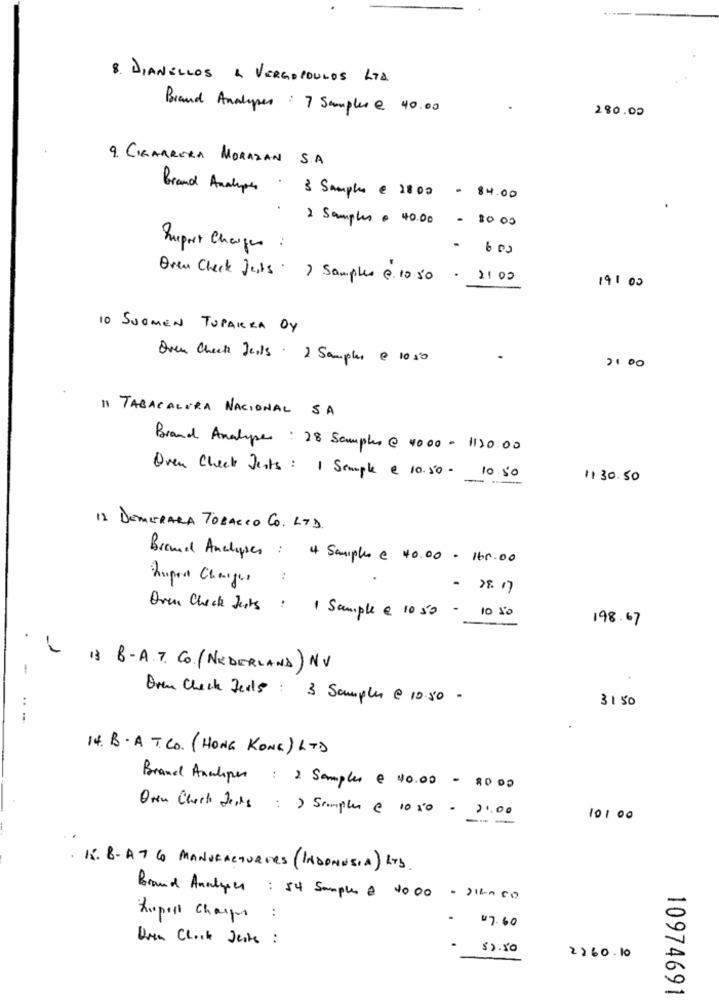
8. DIANELLOS A VERGOPOULOS LTD
Brand Analyses : 7 Samples @ 40.00
280.00
9. CIGARRERA MORAZAN S.A.
Brand Analypes . 3 Sample € 2802 - 84.00
.
2 Samples . 40.00 - 80 00
Suport Charges :
Oven Check Justs ) Samples @ 10.50 . 2100
191 00
10 SUOMEN TUPARRA OY
Oven Check Jeils . 2 Sampler @ 1050
2100
11 TABACALERA NACIONAL SA
Brand Analyse : 28 Samples @ 4000 - 1120.00
Oven Check Jests : 1 Sample @ 10.50- 10.50
1130.50
12 DEMERARA TOBACCO CO. LTD.
Brand Analyses : 4 Sample @ 40.00 . 160.00
huppel Changes
:
Oven Check Jests : 1 Sample @ 10 50 - 10 50
198.67
-
13 B-A.7. Co. (NEDERLAND) NV
..
Oren Check Jerls : 3 Samples @ 10.50 -
3150
14. B. A. T. CO. (HONG KONG) LTD
Brandl Analiper : 2 Samples € 40.00 - 20.00
Oven Check faits : ) Simpler @ 10 20 - 21.00
10100
. K. 8- A7 6 MANUFACTURERS (INDONESIA) LTD.
Brand Anatypes : 54 Samples & 40.00 - 2140 50
hupoll Charges :
..
- $7.60
Over Clock Jeste :
..
- $2.50
2260.10
10974691